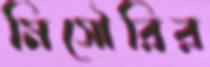
মিসৌরির